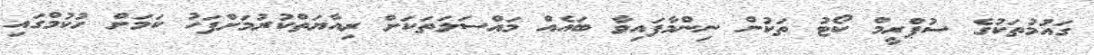
ގައުމުތަކުގެ ސުޕްރީމް ކޯޓު ތަކުން ނިންމާފައިވާ ބައެއް މައްސަލަތަކަށް ރިއާޔަތްކުރުމަށްފަހު ކަމަށް ހުކުމްގައި